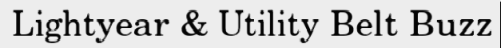
Lightyear & Utility Belt Buzz